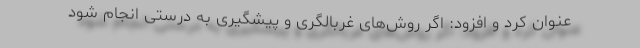
عنوان کرد و افزود: اگر روش‌های غربالگری و پیشگیری به درستی انجام شود